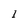
Character: I